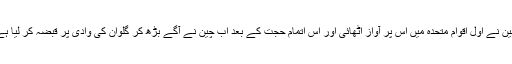
چین نے اول اقوام متحدہ میں اس پر آواز اٹھائی اور اس اتمام حجت کے بعد اب چین نے آگے بڑھ کر گلوان کی وادی پر قبضہ کر لیا ہے۔